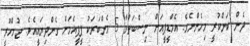
ދެން ކަންކުރީ މިހެންނެވެ. އެމްޑީޕީއަށް ނިސްބަތްވާ 5 މެންބަރަކު ޕީޕީއެމަށް ގެންދިޔައީއެވެ. ޖުމްހޫރީ